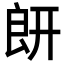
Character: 𦫍